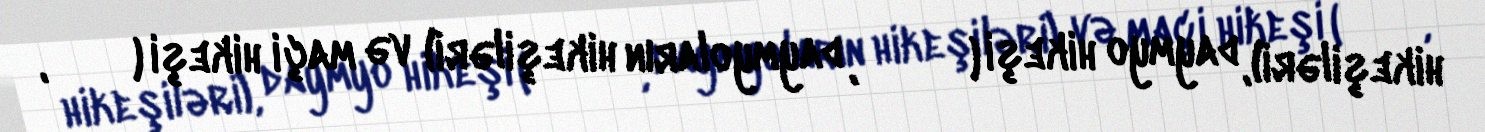
hikeşiləri), daymyo hikeşi (大名火消, daymyoların hikeşiləri) və maçi hikeşi (町火消,